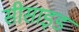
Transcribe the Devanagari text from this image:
सीसाइड